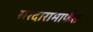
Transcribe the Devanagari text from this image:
सरदारामार्फत